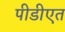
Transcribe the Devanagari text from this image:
पीडीएत